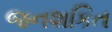
જનશકિત